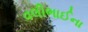
વલીભાઈના